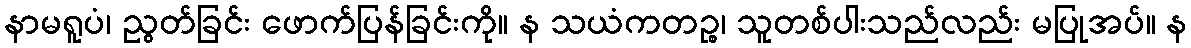
နာမရူပံ၊ ညွတ်ခြင်း ဖောက်ပြန်ခြင်းကို။ န သယံကတဉ္စ၊ သူတစ်ပါးသည်လည်း မပြုအပ်။ န